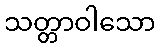
သတ္တာဝါသော